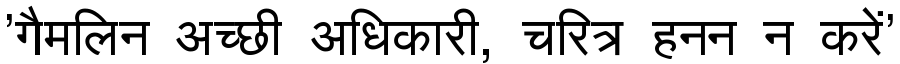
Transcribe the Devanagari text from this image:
'गैमलिन अच्छी अधिकारी, चरित्र हनन न करें'